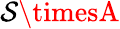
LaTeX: \mathcal{S}\timesA